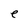
Character: e